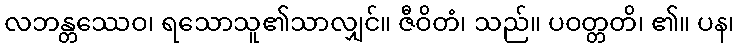
လဘန္တဿေဝ၊ ရသောသူ၏သာလျှင်။ ဇီဝိတံ၊ သည်။ ပဝတ္တတိ၊ ၏။ ပန၊